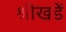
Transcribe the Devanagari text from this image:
श्रीखडें